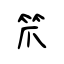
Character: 笊